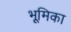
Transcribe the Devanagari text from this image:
भूूमिका